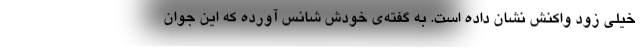
خیلی زود واکنش نشان داده است. به گفته‌ی خودش شانس آورده که این جوان